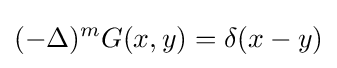
(-\Delta )^{m}G(x,y)=\delta (x-y)